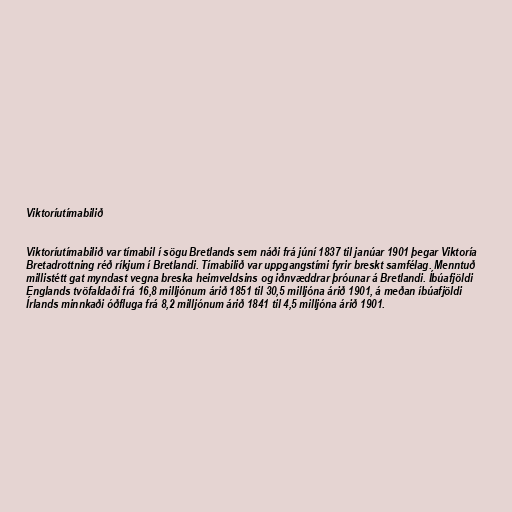
Viktoríutímabilið

Viktoríutímabilið var tímabil í sögu Bretlands sem náði frá júní 1837 til janúar 1901 þegar Viktoría
Bretadrottning réð ríkjum í Bretlandi. Tímabilið var uppgangstími fyrir breskt samfélag. Menntuð
millistétt gat myndast vegna breska heimveldsins og iðnvæddrar þróunar á Bretlandi. Íbúafjöldi
Englands tvöfaldaði frá 16,8 milljónum árið 1851 til 30,5 milljóna árið 1901, á meðan íbúafjöldi
Írlands minnkaði óðfluga frá 8,2 milljónum árið 1841 til 4,5 milljóna árið 1901.